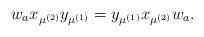
LaTeX: \begin{align*} w_{a} x_{\mu^{(2)}} y_{\mu^{(1)}}=y_{\mu^{(1)}} x_{\mu^{(2)}} w_a.\end{align*}